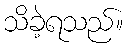
သိခဲ့ရသည်။